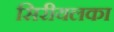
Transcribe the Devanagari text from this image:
सिरीयलका